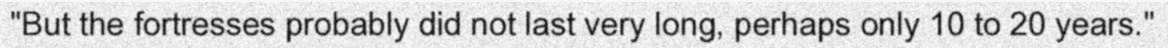
"But the fortresses probably did not last very long, perhaps only 10 to 20 years."